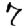
Digit: 7